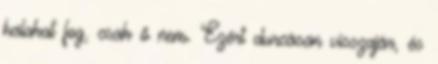
halakat fog, csak ő nem. Ezért durcásan visszajár, és